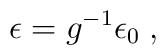
\epsilon =g^{-1}\epsilon _{0}\;,